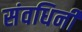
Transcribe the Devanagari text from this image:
संवधिर्नी